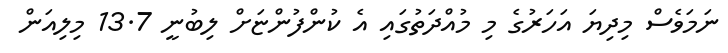
ނަމަވެސް މިދިޔަ އަހަރުގެ މި މުއްދަތުގައި އެ ކުންފުންޏަށް ލިބުނީ 13.7 މިލިއަން